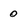
Character: 0